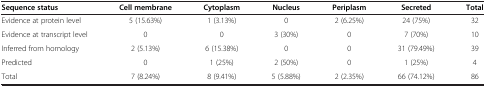
| Sequence status | Cell membrane | Cytoplasm | Nucleus | Periplasm | Secreted | Total |
 | --- | --- | --- | --- | --- | --- | --- |
 | Evidence at protein level | 5 (15.63%) | 1 (3.13%) | 0 | 2 (6.25%) | 24 (75%) | 32 |
 | Evidence at transcript level | 0 | 0 | 3 (30%) | 0 | 7 (70%) | 10 |
 | Inferred from homology | 2 (5.13%) | 6 (15.38%) | 0 | 0 | 31 (79.49%) | 39 |
 | Predicted | 0 | 1 (25%) | 2 (50%) | 0 | 1 (25%) | 4 |
 | Total | 7 (8.24%) | 8 (9.41%) | 5 (5.88%) | 2 (2.35%) | 66 (74.12%) | 86 |